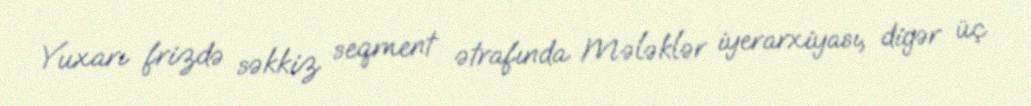
Yuxarı frizdə səkkiz seqment ətrafında Mələklər iyerarxiyası, digər üç